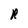
Character: R